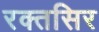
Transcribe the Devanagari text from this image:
रक्तसिर